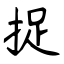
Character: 捉